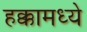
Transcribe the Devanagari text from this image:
हक्कामध्ये